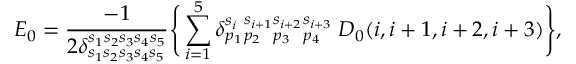
E _ { 0 } = \frac { - 1 } { 2 \delta _ { s _ { 1 } s _ { 2 } s _ { 3 } s _ { 4 } s _ { 5 } } ^ { s _ { 1 } s _ { 2 } s _ { 3 } s _ { 4 } s _ { 5 } } } \Bigg \{ \sum _ { i = 1 } ^ { 5 } \delta { } _ { p _ { 1 } } ^ { s _ { i } } { } _ { p _ { 2 } } ^ { s _ { i + 1 } } { } _ { p _ { 3 } } ^ { s _ { i + 2 } } { } _ { p _ { 4 } } ^ { s _ { i + 3 } } \; D _ { 0 } ( i , i + 1 , i + 2 , i + 3 ) \Biggr \} ,